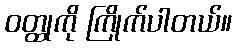
ဝတ္ထုကို ကြိုက်ပါတယ်။